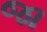
જા